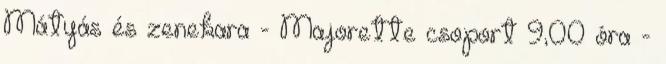
Mátyás és zenekara - Majorette csoport 9,00 óra -